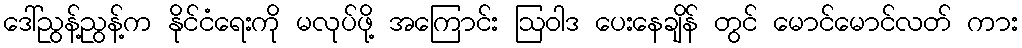
ဒေါ်ညွန့်ညွန့်က နိုင်ငံရေးကို မလုပ်ဖို့ အကြောင်း ဩဝါဒ ပေးနေချိန် တွင် မောင်မောင်လတ် ကား